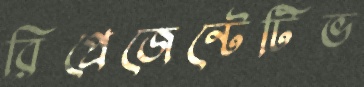
রিপ্রেজেন্টেটিভ